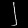
Digit: ၂